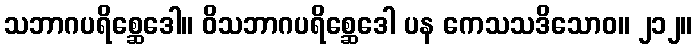
သဘာဂပရိစ္ဆေဒေါ။ ဝိသဘာဂပရိစ္ဆေဒေါ ပန ကေသသဒိသောဝ။ ၂၁၂။